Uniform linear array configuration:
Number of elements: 4
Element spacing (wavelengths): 1
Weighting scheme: uniform
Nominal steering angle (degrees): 60
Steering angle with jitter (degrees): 60.269
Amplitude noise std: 0.05
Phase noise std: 0.05

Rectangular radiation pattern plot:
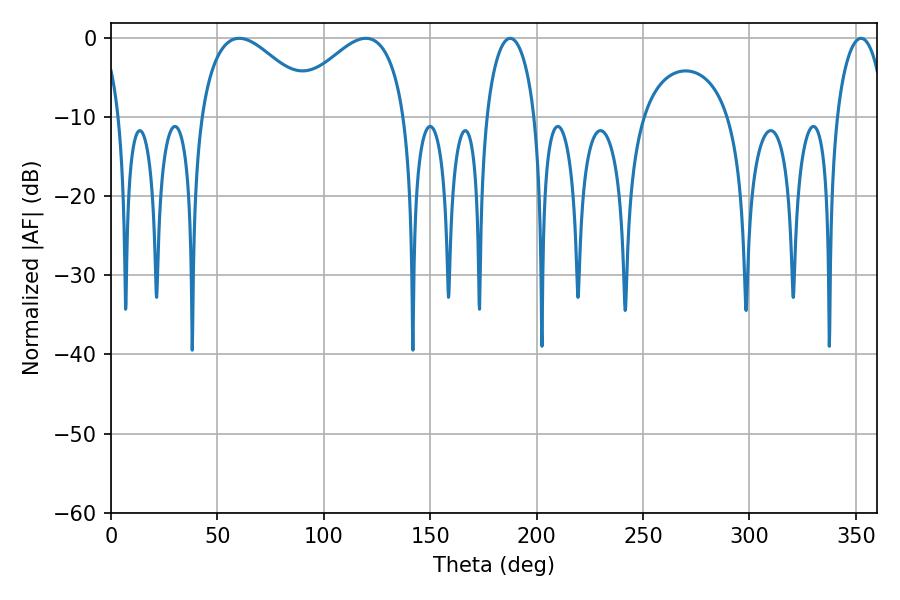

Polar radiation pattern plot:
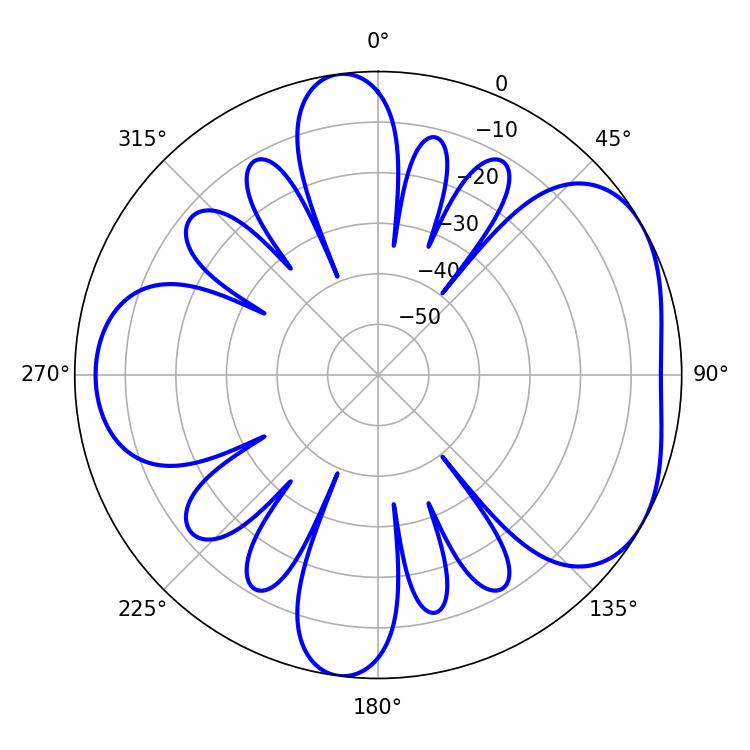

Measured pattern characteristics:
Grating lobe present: TRUE
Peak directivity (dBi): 4.733
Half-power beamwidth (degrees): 13.14
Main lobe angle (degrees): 187.56